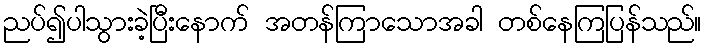
ညပ်၍ပါသွားခဲ့ပြီးနောက် အတန်ကြာသောအခါ တစ်နေကြပြန်သည်။